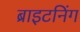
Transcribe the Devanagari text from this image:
ब्राइटनिंग